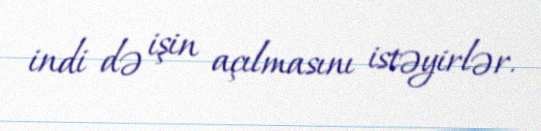
indi də işin açılmasını istəyirlər.